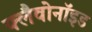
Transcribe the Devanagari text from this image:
फ्लैवोनॉइड